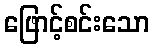
ဖြောင့်စင်းသော